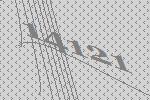
14121